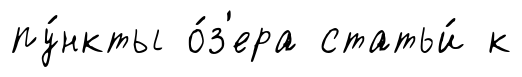
пу́нкты о́з'ера статьи́ к